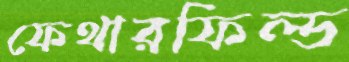
ফেথারফিল্ড